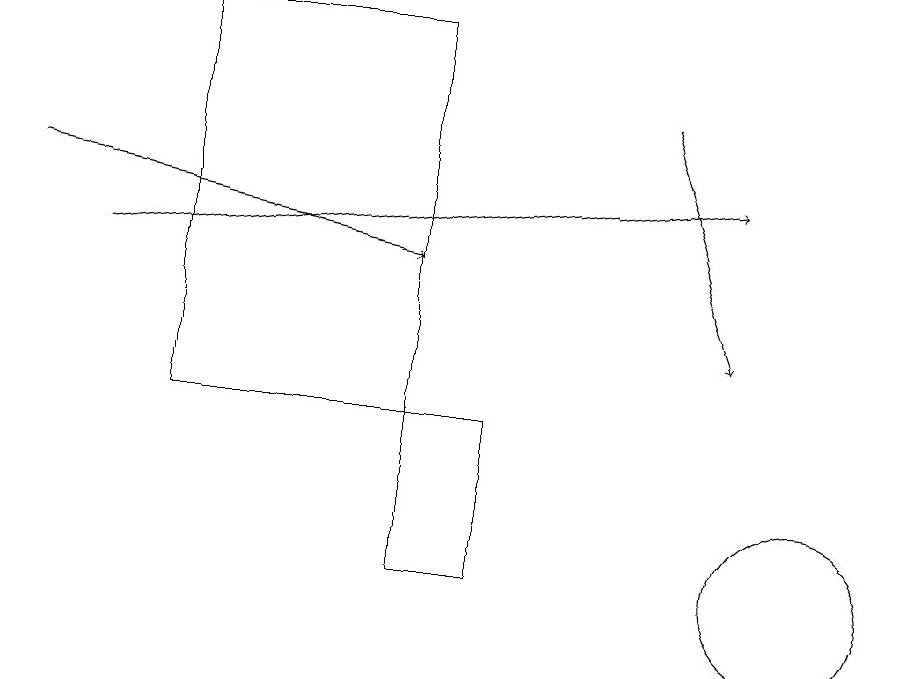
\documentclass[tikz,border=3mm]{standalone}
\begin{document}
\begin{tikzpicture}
\draw[->] (0,16) -- (5,15);
\draw[->] (1,15) -- (9,16);
\draw (10,11) circle (1);
\draw (6,13) rectangle (5,11);
\draw[->] (8,17) -- (9,14);
\draw (5,18) rectangle (2,13);
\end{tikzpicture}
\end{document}